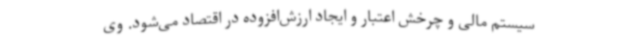
سیستم مالی و چرخش اعتبار و ایجاد ارزش‌افزوده در اقتصاد می‌شود. وی